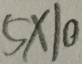
5 \times 1 0